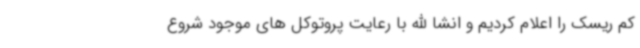
کم ریسک را اعلام کردیم و انشا الله با رعایت پروتوکل های موجود شروع